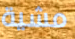
مشية